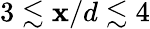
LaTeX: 3\lesssim\mathbf{x}/d\lesssim4